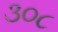
૩૦૮